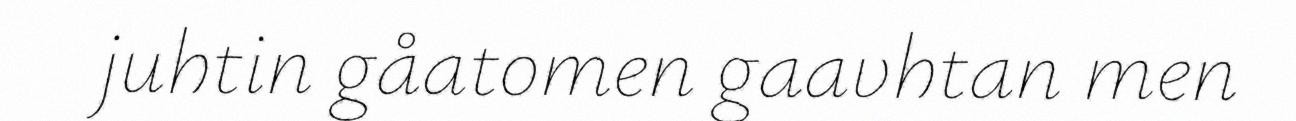
juhtin gåatomen gaavhtan men